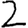
Digit: 2